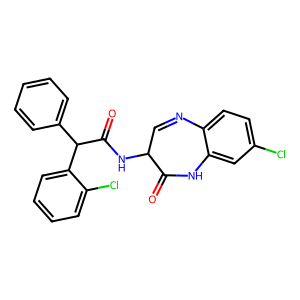
SMILES: O=C1Nc2cc(Cl)ccc2N=CC1NC(=O)C(c1ccccc1)c1ccccc1Cl
Inhibits HIV replication: No